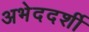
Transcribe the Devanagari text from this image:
अभेददर्शी